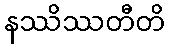
နဿိဿတီတိ